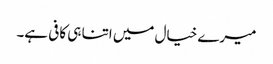
میرے خیال میں اتنا ہی کافی ہے۔